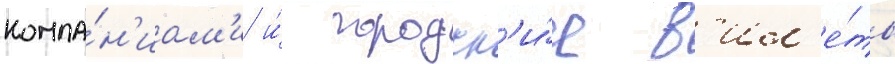
компа́н'иам'и и́ городск'и́е б'ил'е́ты